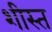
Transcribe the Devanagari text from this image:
शीस्त